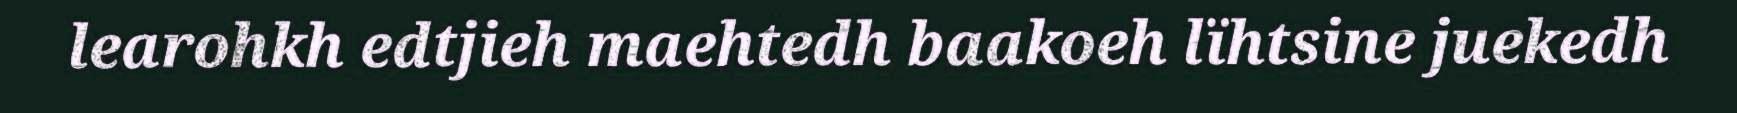
learohkh edtjieh maehtedh baakoeh lïhtsine juekedh